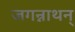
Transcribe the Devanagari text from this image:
जगन्नाथन्